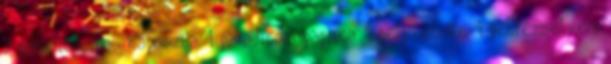
3 paradicsomos káposzta 1 paradicsompaprika 1 pelyhecske 1 petrezselyem